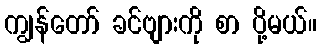
ကျွန်တော် ခင်ဗျားကို စာ ပို့မယ်။